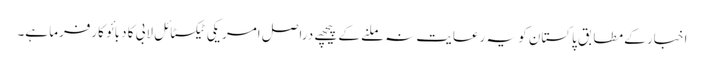
اخبار کے مطابق پاکستان کو یہ رعایت نہ ملنے کے پیچھے دراصل امریکی ٹیکسٹائل لابی کا دبائو کارفرما ہے۔